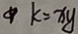
k = x y